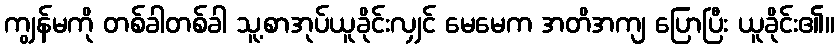
ကျွန်မကို တစ်ခါတစ်ခါ သူ့စာအုပ်ယူခိုင်းလျှင် မေမေက အတိအကျ ပြောပြီး ယူခိုင်း၏။